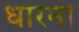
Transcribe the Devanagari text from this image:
धारना